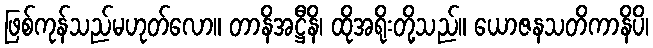
ဖြစ်ကုန်သည်မဟုတ်လော။ တာနိအဋ္ဌီနိ၊ ထိုအရိုးတို့သည်။ ယောဇနသတိကာနိပိ၊